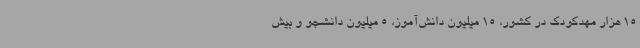
15 هزار مهدکودک در کشور، 15 میلیون دانش‌آموز، 5 میلیون دانشجو و بیش